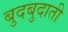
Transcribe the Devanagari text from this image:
बुदबुदाती